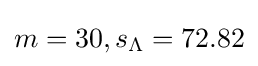
m=30,s_{\Lambda }=72.82